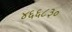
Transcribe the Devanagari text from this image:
४६६८३०